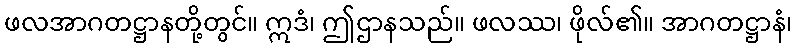
ဖလအာဂတဋ္ဌာနတို့တွင်။ ဣဒံ၊ ဤဌာနသည်။ ဖလဿ၊ ဖိုလ်၏။ အာဂတဋ္ဌာနံ၊